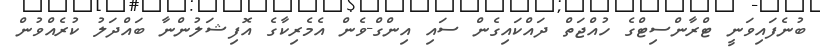
ބުނެފައިވަނީ ޓްރާންސިޓްގެ ހުއްޖަތް ދައްކައިގެން ސައި އިންގް-ވެން އެމެރިކާގެ އޮފިޝަލުންނާ ބައްދަލު ކުރެއްވުން